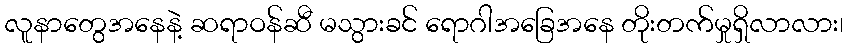
လူနာတွေအနေနဲ့ ဆရာဝန်ဆီ မသွားခင် ရောဂါအခြေအနေ တိုးတက်မှုရှိလာလား၊